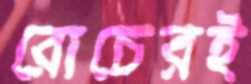
রোচেরই